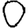
Digit: 0